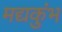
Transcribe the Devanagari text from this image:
मद्यकुंभ